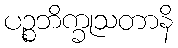
ပဉ္စဘိက္ခုသတာနိ